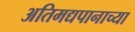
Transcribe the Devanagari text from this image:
अतिमद्यपानाच्या